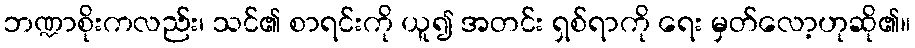
ဘဏ္ဍာစိုးကလည်း၊ သင်၏ စာရင်းကို ယူ၍ အတင်း ရှစ်ရာကို ရေး မှတ်လော့ဟုဆို၏။